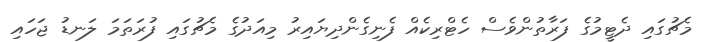
މެޗުގައި ދެޓީމުގެ ފަރާތުންވެސް ހެޓްރިކެއް ފެނިގެންދިޔައިރު މިއަދުގެ މެޗުގައި ފުރަތަމަ ލަނޑު ޖަހައި